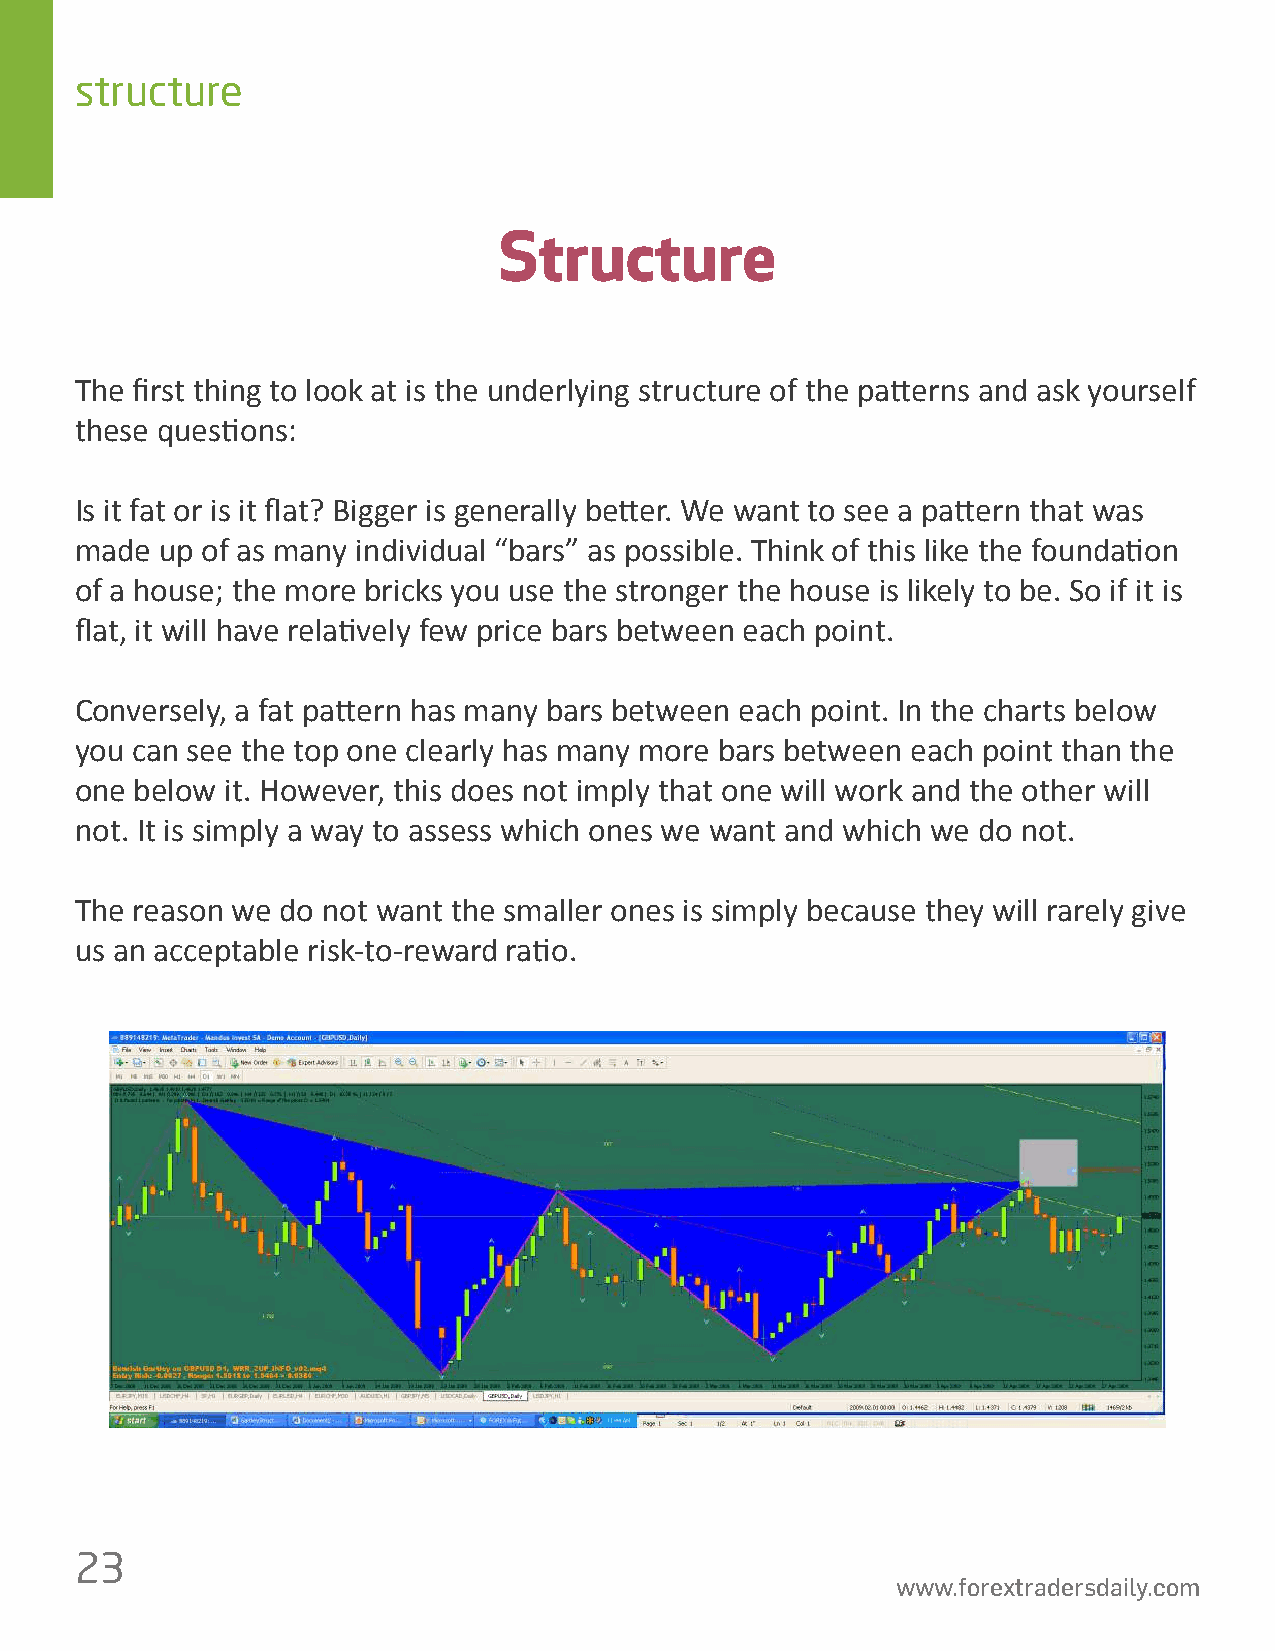
structure
 Structure
 The 昀椀rst thing to look at is the underlying structure of the pa琀琀erns and ask yourself
 these ques琀椀ons:
 Is it fat or is it 昀氀at? Bigger is generally be琀琀er. We want to see a pa琀琀ern that was
 made  up of as many individual “bars” as possible. Think of this like the founda琀椀on
 of a house; the more bricks you use the stronger the house is likely to be. So if it is
 昀氀at, it will have rela琀椀vely few price bars between each point.
 Conversely, a fat pa琀琀ern has many bars between each point. In the charts below
 you can see the top one clearly has many more bars between each point than the
 one below it. However, this does not imply that one will work and the other will
 not. It is simply a way to assess which ones we want and which we do not.
 The reason we do not want the smaller ones is simply because they will rarely give
 us an acceptable risk-to-reward ra琀椀o.
 23
 www.forextradersdaily.com